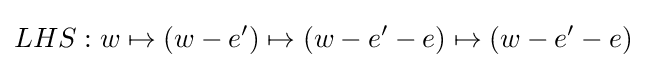
LHS:w\mapsto (w-e')\mapsto (w-e'-e)\mapsto (w-e'-e)